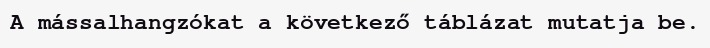
A mássalhangzókat a következő táblázat mutatja be.